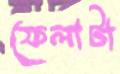
ফেলাটা